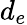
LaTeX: d_{e}